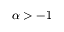
\alpha > - 1